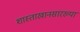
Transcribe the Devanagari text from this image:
शास्ताखानसारख्या